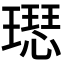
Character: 𤩙